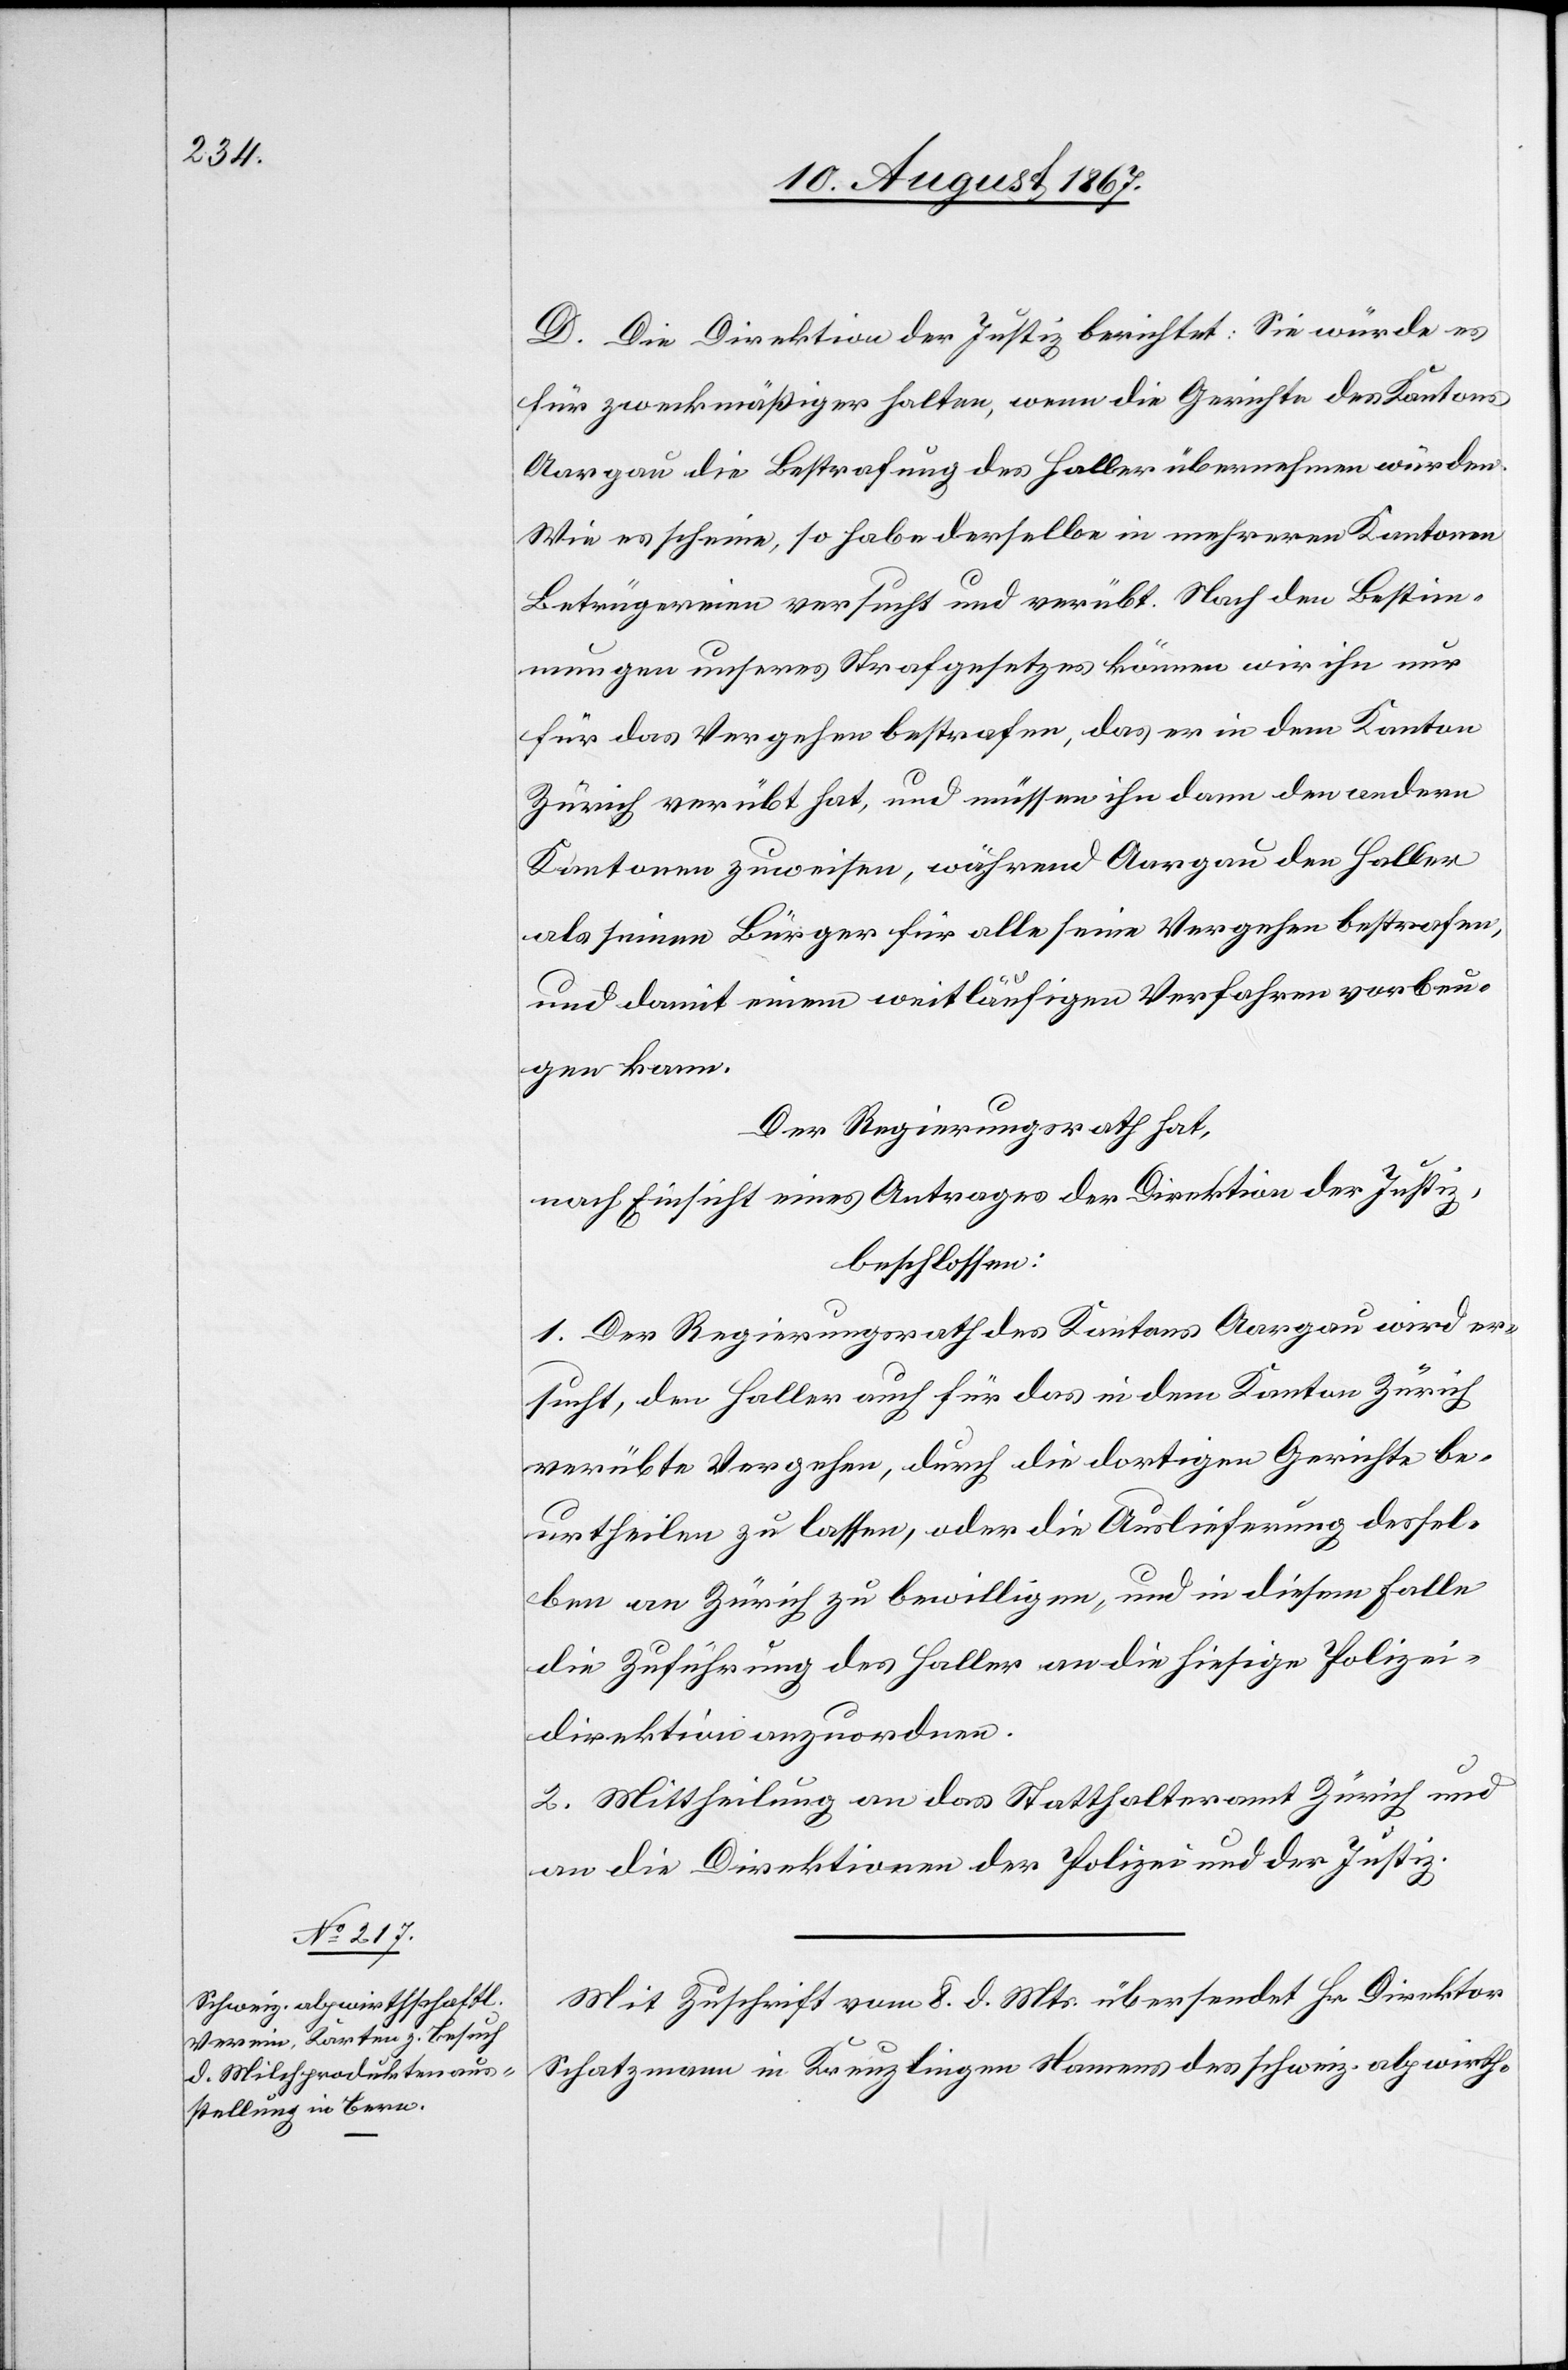
D. Die Direktion der Justiz berichtet: Sie würde es
für zweckmäßiger halten, wenn die Gerichte des Kantons
Aargau die Bestrafung des Haller übernehmen würden.
Wie es scheine, so habe derselbe in mehreren Kantonen
Betrügereien versucht und verübt. Nach den Bestim¬
mungen unseres Strafgesetzes können wir ihn nur
für das Vergehen bestrafen, das er in dem Kanton
Zürich verübt habe und müssen ihn dann den andern
Kantonen zuweisen, während Aargau den Haller
als seinen Bürger für alle seine Vergehen bestrafen,
und damit einem weitläufigen vorbeugen kan¬
n.
Der Regierungsrath hat,
nach Einsicht eines Antrages der Direktion der Justiz,
beschlossen:
1. Der Regierungsrath des Kantons Aargau wird er¬
sucht, den Haller auch für das in dem Kanton Zürich
verübte Vergehen, durch die dortigen Gerichte be¬
urtheilen zu lassen, oder due Auslieferung dessel¬
ben an Zürich zu bewilligen, und in diesem Falle
die Zuführung des Haller an die hiesige Polizei¬
direktion anzuordnen.
2. Mittheilung an das Statthalteramt Zürich und
an die Direktionen der Polizei und der Justiz.
Mit Zuschrift vom 8. d. Mts. übersendet Hr. Direktor
Schatzmann in Kreuzlingen Namens des schweiz. alpwirth-